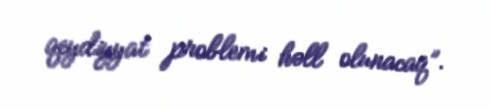
qeydiyyat problemi həll olunacaq”.